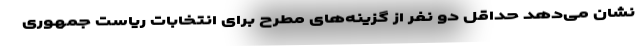
نشان می‌دهد حداقل دو نفر از گزینه‌های مطرح برای انتخابات ریاست جمهوری